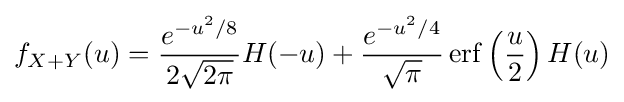
f_{X+Y}(u)={\frac {e^{-u^{2}/8}}{2{\sqrt {2\pi }}}}H(-u)+{\frac {e^{-u^{2}/4}}{\sqrt {\pi }}}\operatorname {erf} \left({\frac {u}{2}}\right)H(u)